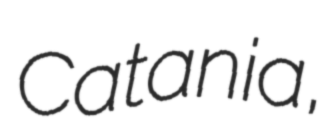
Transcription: Catania,